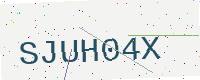
Text: SJUH04X